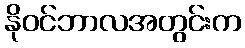
နိုဝင်ဘာလအတွင်းက